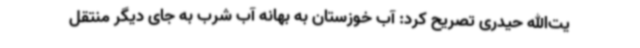
یت‌الله حیدری تصریح کرد: آب خوزستان به بهانه آب شرب به جای دیگر منتقل